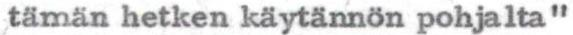
tämän hetken käytännön pohjalta"